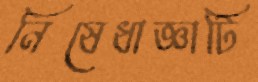
নিষেধাজ্ঞাটি